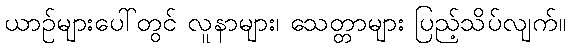
ယာဉ်များပေါ်တွင် လူနာများ၊ သေတ္တာများ ပြည့်သိပ်လျက်။